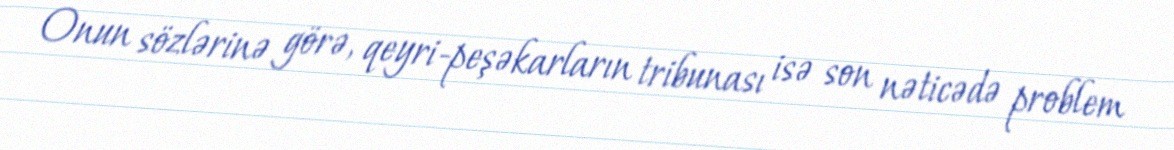
Onun sözlərinə görə, qeyri-peşəkarların tribunası isə son nəticədə problem